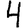
Digit: 4